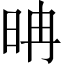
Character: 𣆀